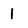
Character: 1